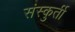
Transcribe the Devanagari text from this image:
संस्कुर्ती